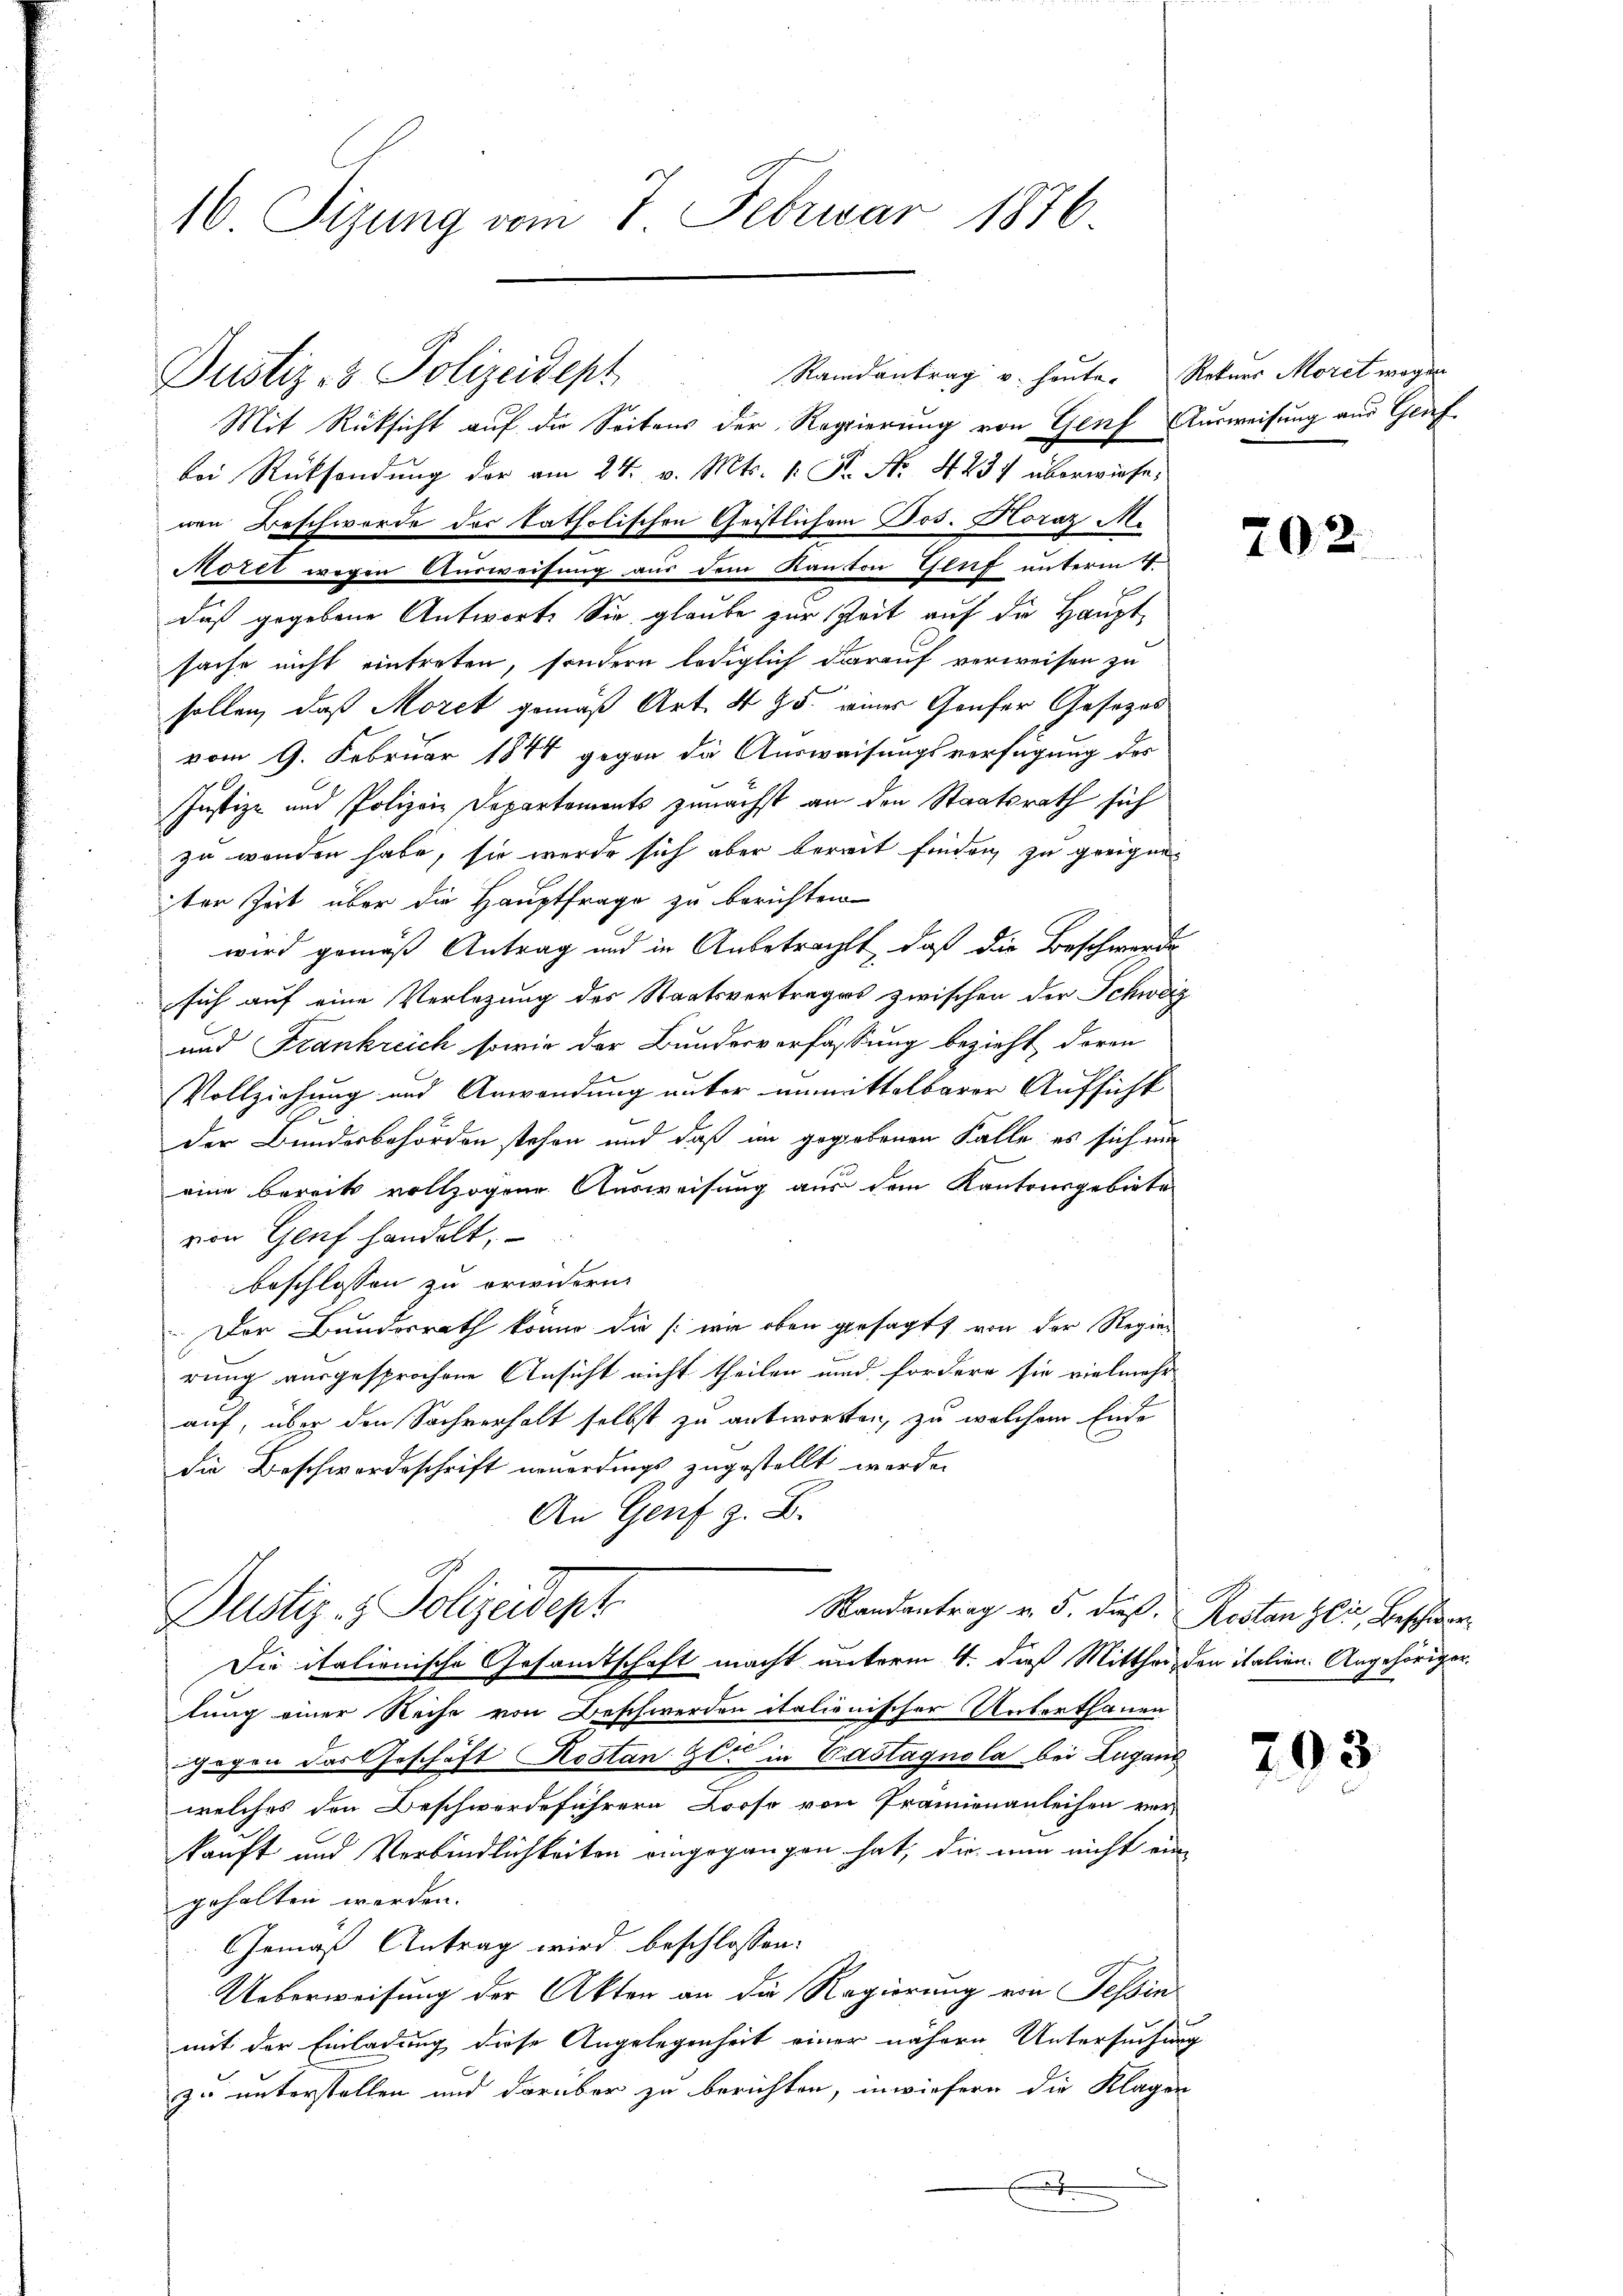
16. Sizung vom 7. Februar 1876.

Randantrag v. heute. Rekurs Moret wegen
Dustiz- & Polizeidept

Mit Rücksicht auf die Seitens der Regierung von Genf Ausweisung aus Genf
bei Rücksendung der am 24. v. Mts. 1. Fr. No. 4237 überwiese,
nen Beschwerde der katholischen Geistlichem Jos. Horaz M.
Morel wegen Ausweisung aus dem Kanton Glif unterm 4.
daß gegebene Antworte Sie glaube zur Zeit auf die Hauptsache nicht eintreten, sondern lediglich darauf verweisen zu
sollen, daß Moret gemäß Art. 495. einer Genfer Gesezes
vom 9. Februar 1844 gegen die Ausweisungsverfügung des
Justiz- und Polizei Departements zunächst an den Staatsrath sich
zu werden habe, sie werde sich aber bereit finden zu geeiger
ter Zeit über die Hauptfrage zu berichten.
wird gemäß Antrag und in Anbetracht, daß die Beschwerde
sich auf eine Verlegung des Staatsvertrages zwischen der Schweiz
und Frankreich sowie der Bundesverfassung bezieht deren
Vollziehung und Anwendung unter unmittelbarer Aufsicht
der Bundesbehörden stehen und daß im gegebenen Falle es sich mi
eine bereit vollzogene Ausweisung aus dem Kantonsgebiete
von Genf handelt,
beschlossen zu erwidern.
Der Bundesrath könne die (:wie oben gesagt, von der Regier
rung ausgesprochene Ansicht nicht theilen und fordern sie vielmehr
auf, über den Sachverholt selbst zu antworten zu welchem Ende
die Beschwordeschrift neuerdings zugestellt worden
An Genf z. B.
Justiz- & Polizeidept
Randantrag v. 5. dieß. Rostanzli, Beschwar¬
Die italienische Gesamtschaft macht unterm 4. daß Mittheiden italien. Angehöriger
lung einer Reihe von Beschwerden italionischer Unterthanen
gegen das Geschäft Kostanzer in Castagnola bei Lugand
welches den Beschwerdeführern Loose von Prämienanleihen ver-
kauft und Verbindlichkeiten eingegangen hat, die nun nicht eingehalten worden.
Gemäß Antrag wird beschlossen:
Ueberweisung der Akten an die Regierung von Tessin
mit der Einladung diese Angelegenheit einer nähern Untersuchung
e
zu unterstellen und darüber zu berichten, inwiefern die Klagen

x

202.

793